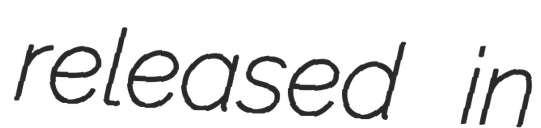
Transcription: released in